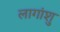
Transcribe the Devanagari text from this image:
लागांशु